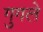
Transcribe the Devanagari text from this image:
गुगले